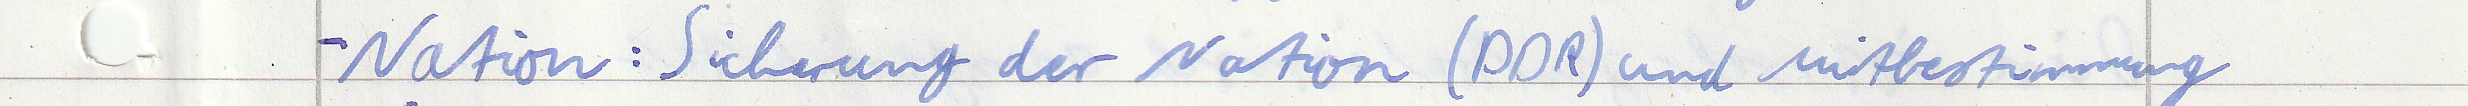
- Nation: Sicherung der Nation (DDR) und Mitbestimmung